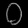
Digit: ၀